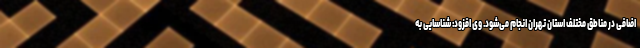
اضافی در مناطق مختلف استان تهران انجام می‌شود. وی افزود: شناسایی به